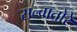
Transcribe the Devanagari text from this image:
सल्वातोरे